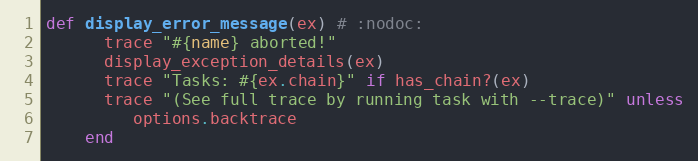
Language: Ruby
def display_error_message(ex) # :nodoc:
      trace "#{name} aborted!"
      display_exception_details(ex)
      trace "Tasks: #{ex.chain}" if has_chain?(ex)
      trace "(See full trace by running task with --trace)" unless
         options.backtrace
    end